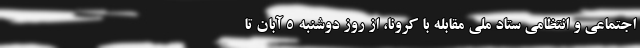
اجتماعی و انتظامی ستاد ملی مقابله با کرونا، از روز دوشنبه ۵ آبان تا